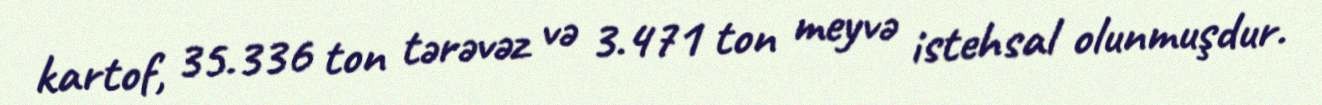
kartof, 35.336 ton tərəvəz və 3.471 ton meyvə istehsal olunmuşdur.